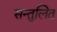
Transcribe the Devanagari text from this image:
सन्‍तुलित